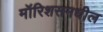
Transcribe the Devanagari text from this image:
मॉरिशसमधील